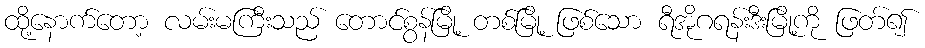
ထို့နောက်တော့ လမ်းမကြီးသည် တောင်စွန်မြို့ တစ်မြို့ ဖြစ်သော ရီအိုဂရန်းဒီးမြို့ကို ဖြတ်၍